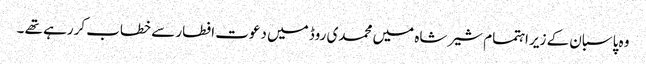
وہ پاسبان کے زیر اہتمام شیر شاہ میں محمدی روڈ میں دعوت افطار سے خطاب کررہے تھے ۔